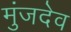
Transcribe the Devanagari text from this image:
मुंजदेव